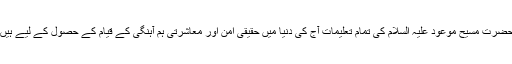
حضرت مسیح موعود علیہ السلام کی تمام تعلیمات آج کی دنیا میں حقیقی امن اور معاشرتی ہم آہنگی کے قیام کے حصول کے لیے ہیں۔